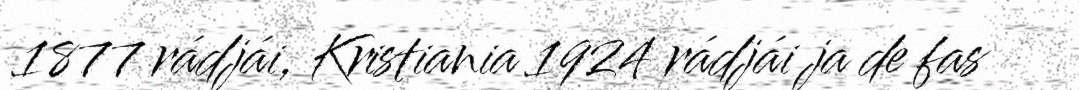
1877 rádjái, Kristiania 1924 rádjái ja de fas